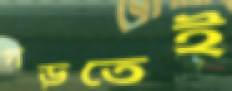
গড়তেই